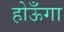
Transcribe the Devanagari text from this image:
होऊँगा